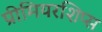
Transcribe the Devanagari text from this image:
प्रीमियरशिप्स